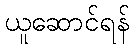
ယူဆောင်ရန်